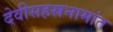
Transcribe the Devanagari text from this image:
देवीसहस्रनामांत